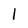
Character: l